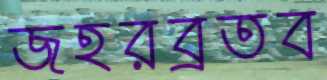
জহরব্রতব